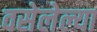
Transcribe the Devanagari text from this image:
वसेलेल्या